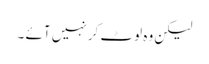
لیکن وہ لوٹ کر نہیں آئے ۔